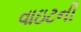
વાઇટની